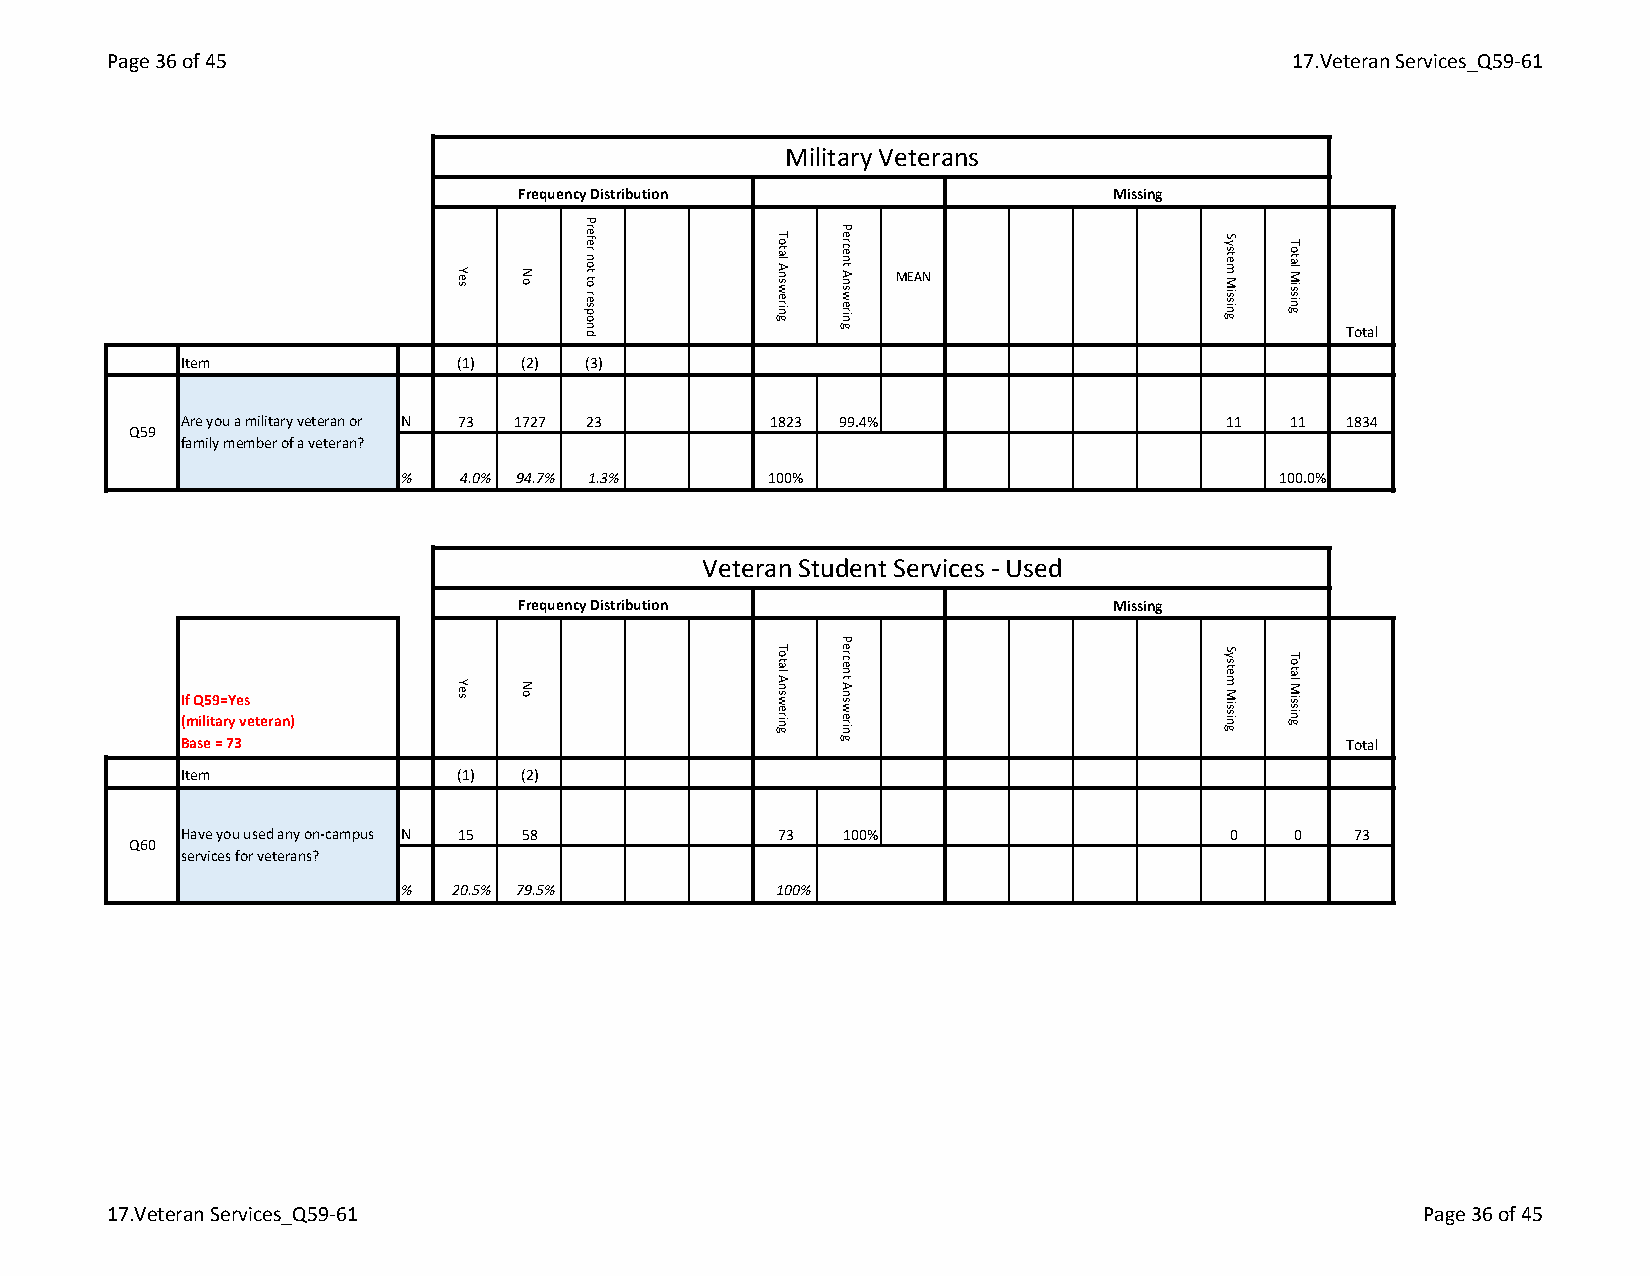
Page 36 of 45                                                                 17.Veteran Services_Q59-61
 Military Veterans
 Frequency Distribution                 Missing
 MEAN
 Total
 Item              (1) (2) (3)
 Are you a military veteran or N 73 1727 23 1823 99.4%                11  11  1834
 Q59
 family member of a veteran?
 %   4.0% 94.7% 1.3%     100%                              100.0%
 Veteran Student Services - Used
 Frequency Distribution                 Missing
 If Q59=Yes
 (military veteran)
 Base = 73                                                                    Total
 Item              (1) (2)
 Have you used any on-campus N 15 58    73  100%                      0   0   73
 Q60
 services for veterans?
 %   20.5% 79.5%          100%
 17.Veteran Services_Q59-61                                                             Page 36 of 45
 Yes
 Yes
 No
 No
 Prefer
 not
 to
 respond
 Total
 Answering
 Total
 Answering
 Percent
 Answering
 Percent
 Answering
 System
 Missing
 System
 Missing
 Total
 Missing
 Total
 Missing